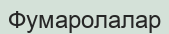
Фумаролалар